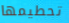
تحطيمها